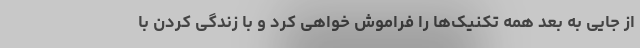
از جایی به بعد همه تکنیک‌ها را فراموش خواهی کرد و با زندگی کردن با